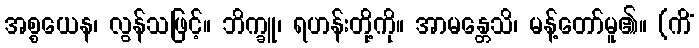
အစ္စယေန၊ လွန်သဖြင့်။ ဘိက္ခူ၊ ရဟန်းတို့ကို။ အာမန္တေသိ၊ မန့်တော်မူ၏။ (ကိံ